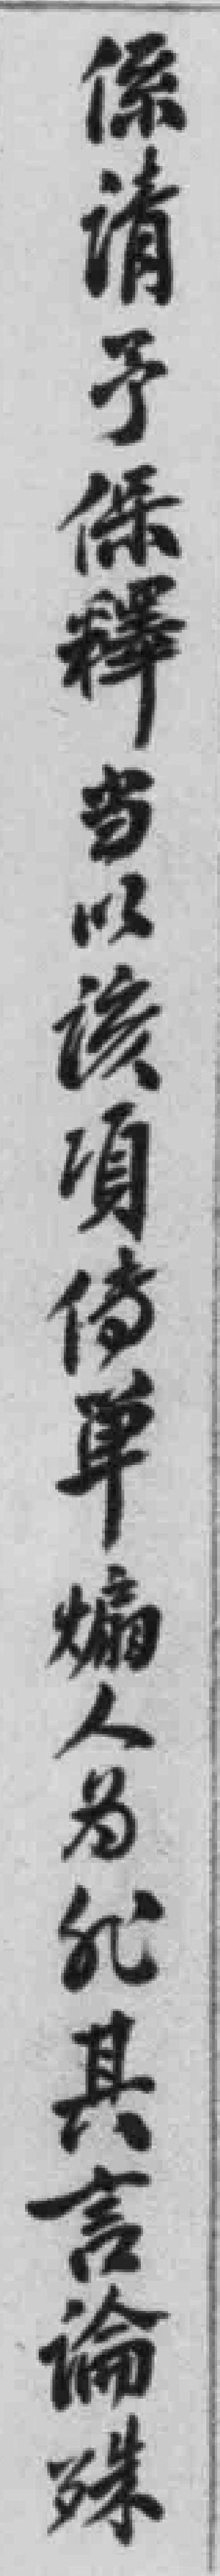
係请予保釋当以该項传單煽人为*其言論殊